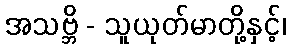
အသဗ္ဘိ - သူယုတ်မာတို့နှင့်၊